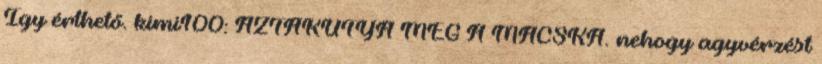
Így érthető. kimi100: AZTAKUTYA MEG A MACSKA. nehogy agyvérzést